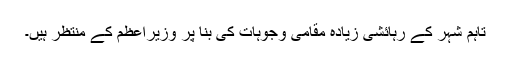
تاہم شہر کے رہائشی زیادہ مقامی وجوہات کی بنا پر وزیراعظم کے منتظر ہیں۔